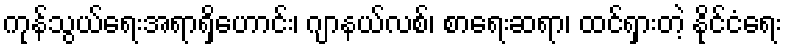
ကုန်သွယ်ရေးအရာရှိဟောင်း၊ ဂျာနယ်လစ်၊ စာရေးဆရာ၊ ထင်ရှားတဲ့ နိုင်ငံရေး